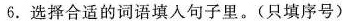
6.选择合适的词语填入句子里。(只填序号)